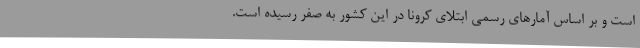
است و بر اساس آمارهای رسمی ابتلای کرونا در این کشور به صفر رسیده است.